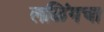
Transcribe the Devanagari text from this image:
लळिंगचा